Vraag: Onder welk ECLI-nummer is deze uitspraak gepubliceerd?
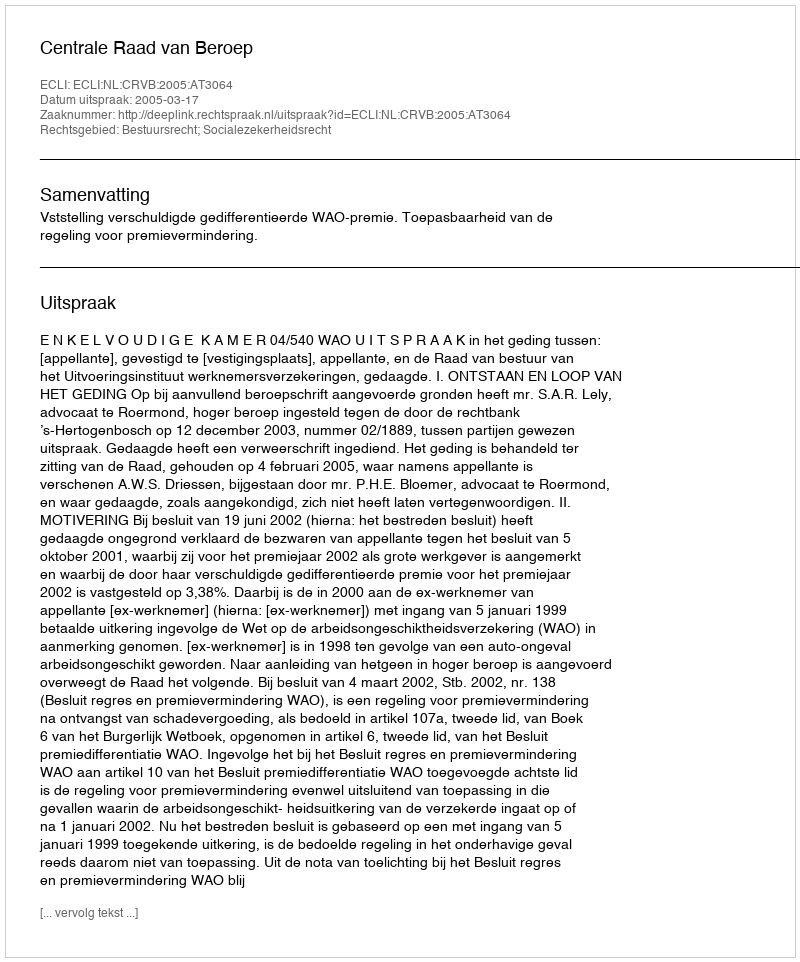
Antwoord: ECLI:NL:CRVB:2005:AT3064